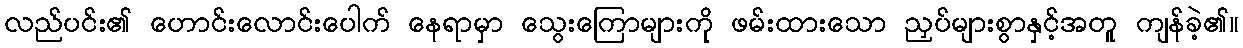
လည်ပင်း၏ ဟောင်းလောင်းပေါက် နေရာမှာ သွေးကြောများကို ဖမ်းထားသော ညှပ်များစွာနှင့်အတူ ကျန်ခဲ့၏။